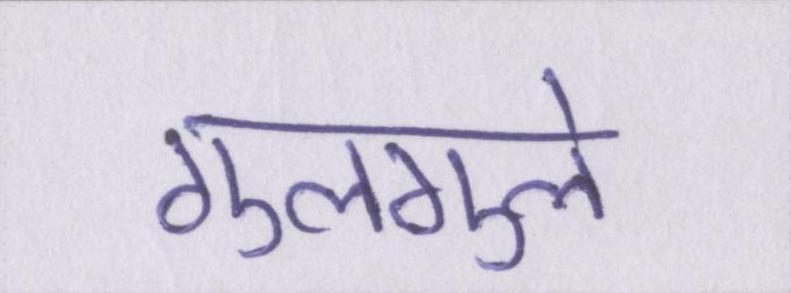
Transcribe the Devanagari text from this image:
गुलगुले